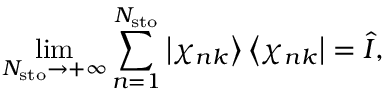
\operatorname* { l i m } _ { N _ { \mathrm { s t o } } \rightarrow + \infty } \sum _ { n = 1 } ^ { N _ { \mathrm { s t o } } } \left| \chi _ { n k } \right\rangle \left\langle \chi _ { n k } \right| = \hat { I } ,